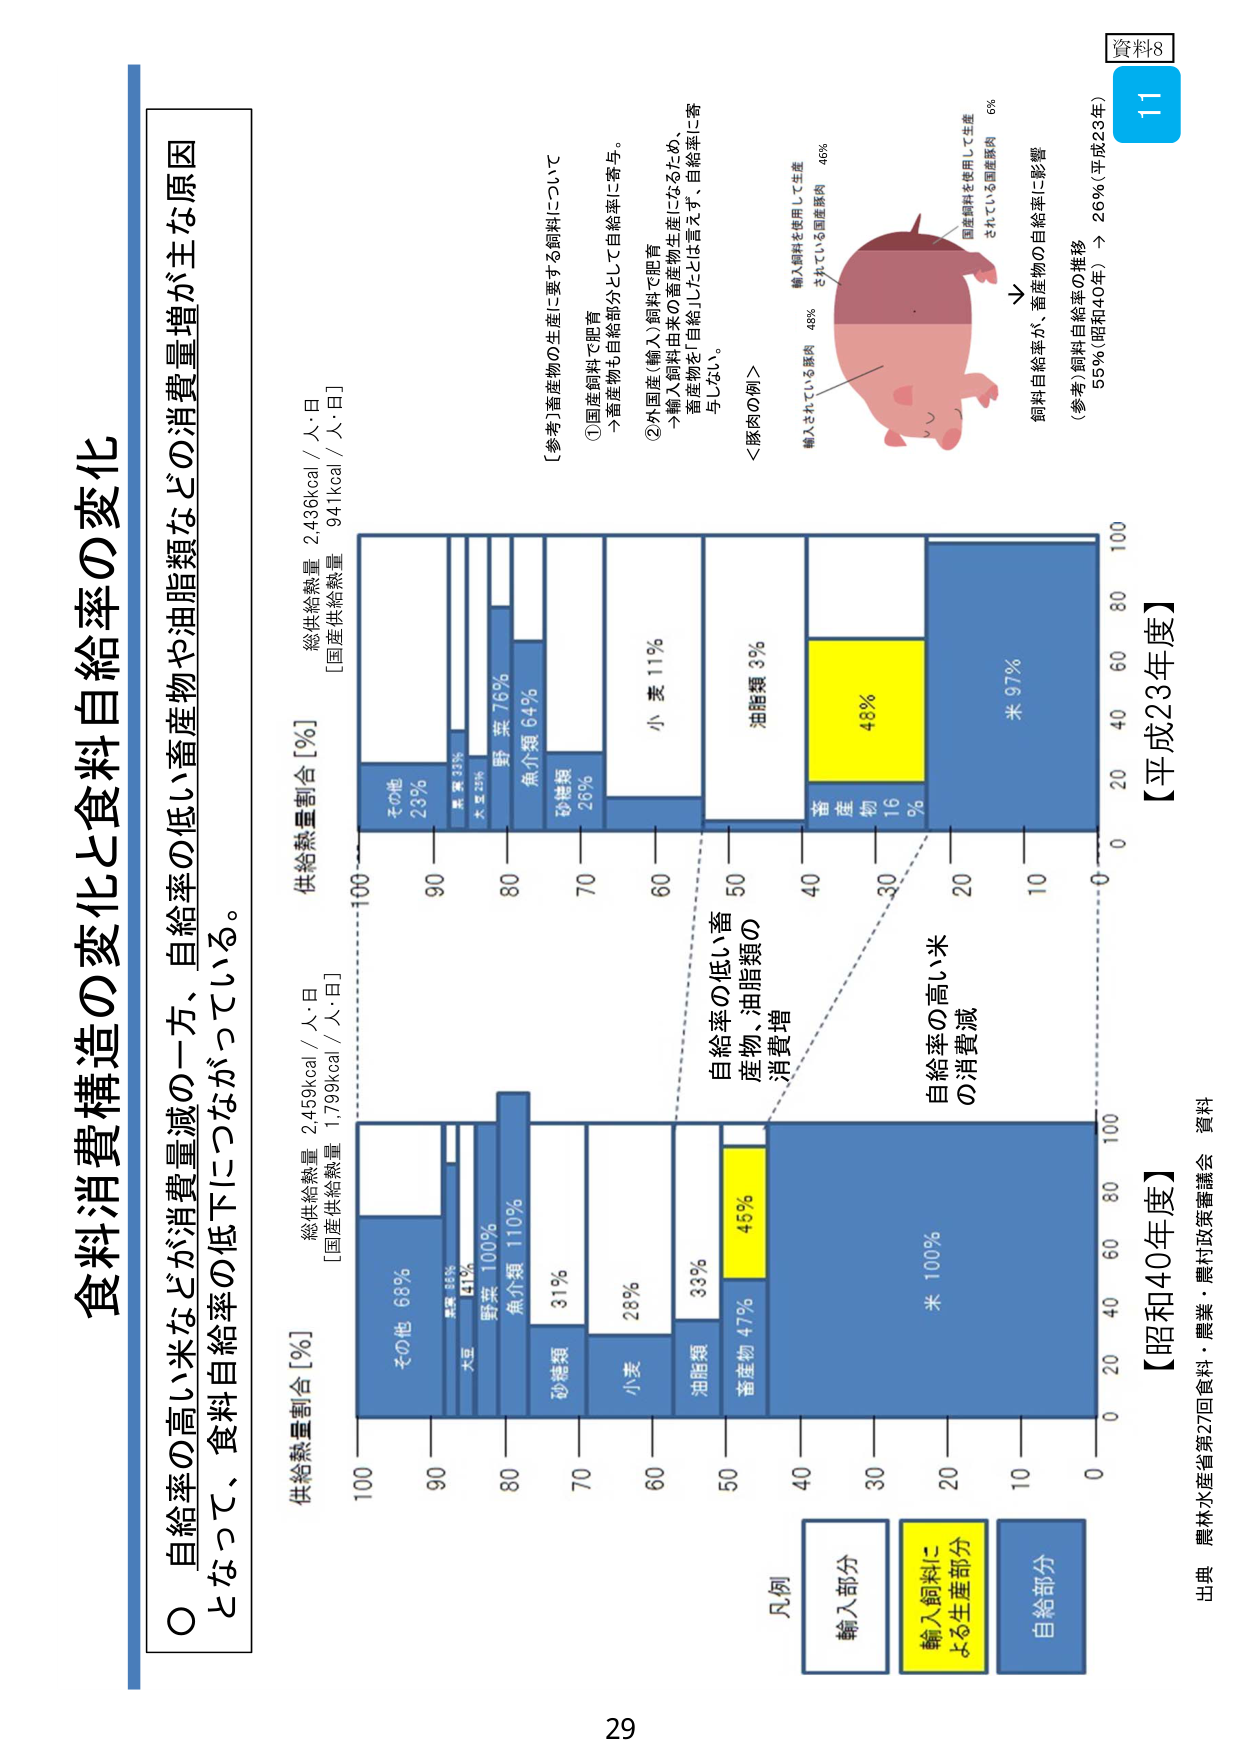
資料8
11

食料消費構造の変化と食料自給率の変化

○ 自給率の高い米などが消費量減の一方、自給率の低い畜産物や油脂類などの消費量増が主な原因
となって、食料自給率の低下につながっている。

【昭和40年度】
供給熱量割合[%]
総供給熱量 2,459kcal / 人・日
[国産供給熱量 1,799kcal / 人・日]

その他 68%
大豆 88%
野菜 100%
魚介類 110%
砂糖類 31%
小麦 28%
油脂類 33%
畜産物 47%
米 100%

【平成23年度】
供給熱量割合[%]
総供給熱量 2,436kcal / 人・日
[国産供給熱量 941kcal / 人・日]

その他 23%
大豆 29%
野菜 76%
魚介類 64%
砂糖類 26%
小麦 11%
油脂類 3%
畜産物 48%
米 97%

凡例
輸入部分
輸入飼料による生産部分
自給部分

【参考】畜産物の生産に要する飼料について
① 国産飼料で肥育
→ 畜産物も自給部分として自給率に寄与。
② 外国産（輸入）飼料で肥育
→ 輸入飼料由来の畜産物生産になるため、
畜産物を「自給した」とは言えず、自給率に寄与しない。
＜豚肉の例＞
輸入飼料を使用して生産されている豚肉 46%
国産飼料を使用して生産されている国産豚肉 6%
↓
飼料自給率が、畜産物の自給率に影響
（参考）飼料自給率の推移
55%（昭和40年）→ 26%（平成23年）

出典 農林水産省第27回食料・農業・農村政策審議会 資料

29